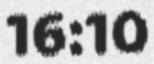
16:10